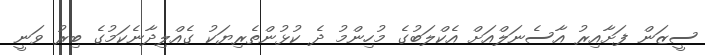
ސީޒަން ފަށާއިރު އާސެނަލްއަށް އެކްލަބުގެ މުހިންމު ދެ ކުޅުންތެރިޔަކު ގެއްލިދާނެކަމުގެ ބިރު ވަނީ